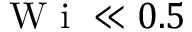
\mathrm { ~ W ~ i ~ } \ll 0 . 5